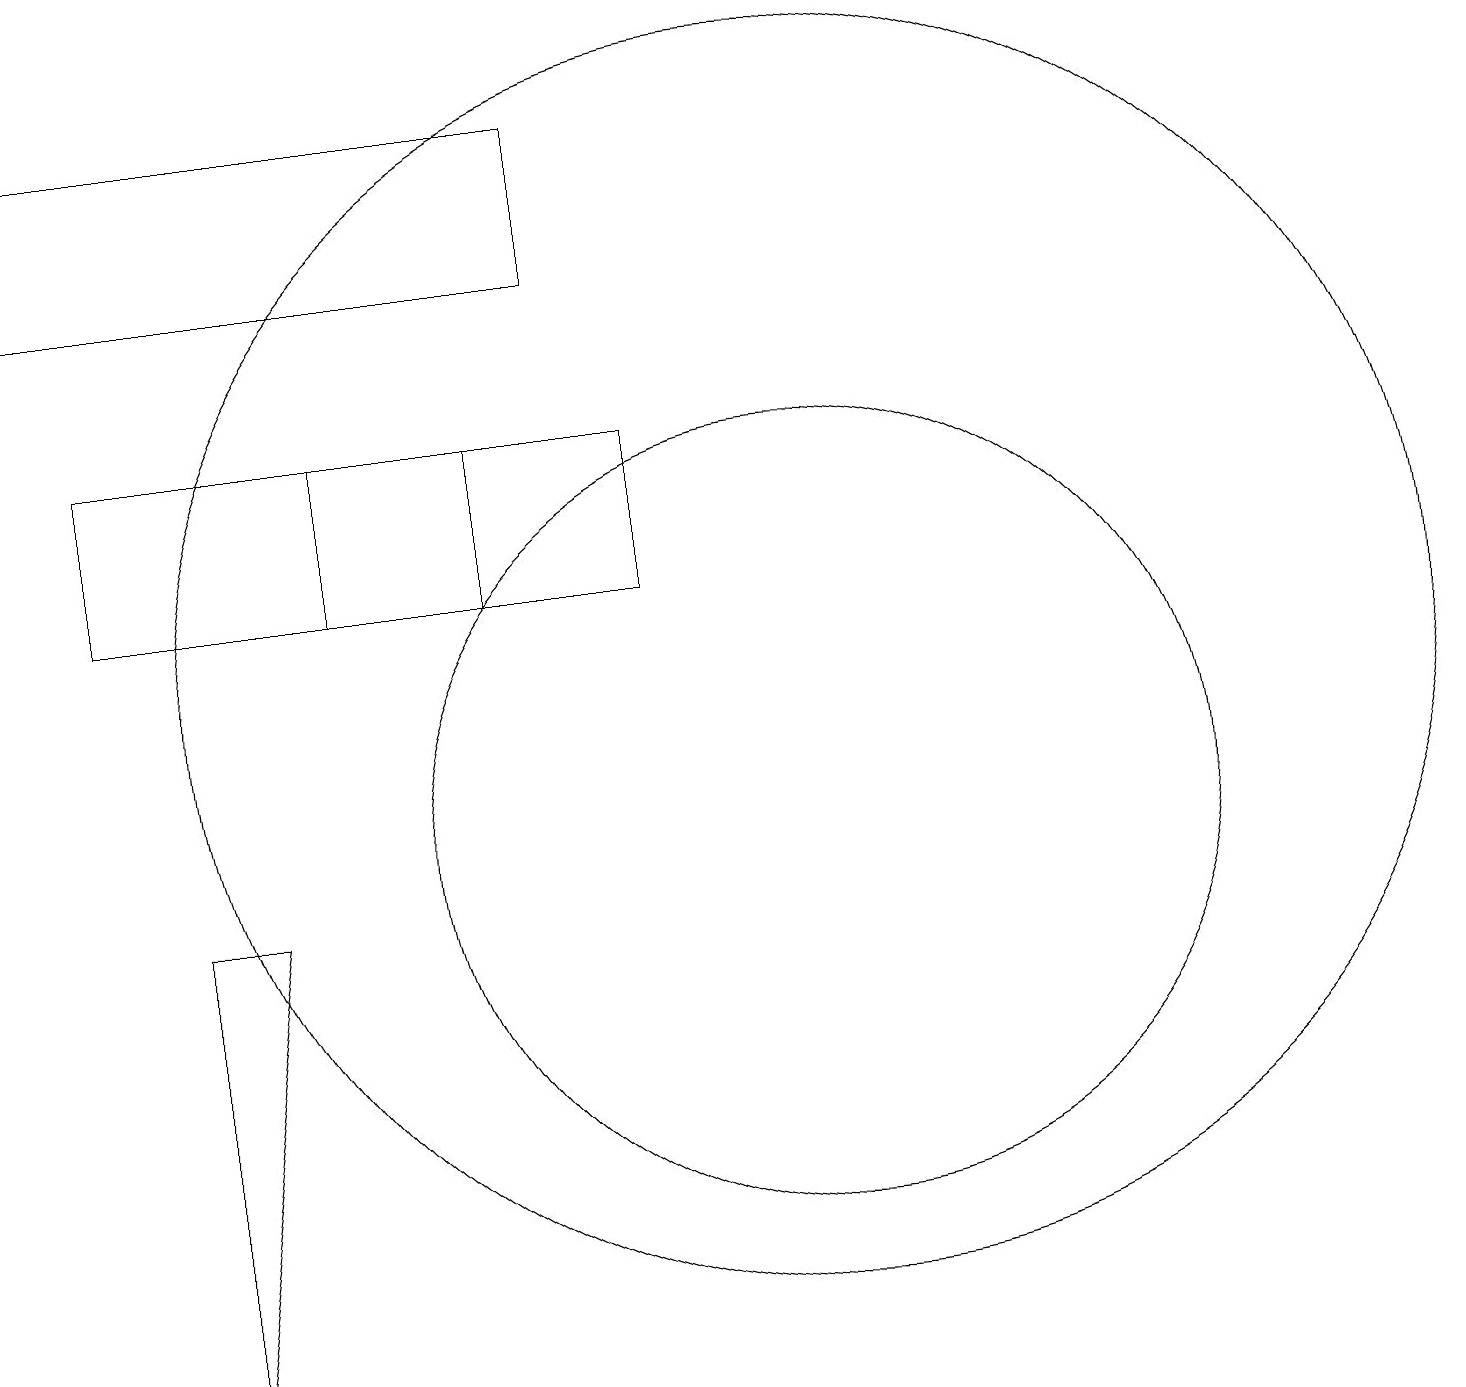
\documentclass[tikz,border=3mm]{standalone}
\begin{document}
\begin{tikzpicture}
\draw (11,10) circle (5);
\draw (8,17) rectangle (1,19);
\draw (2,15) rectangle (7,13);
\draw (4,9) -- (3,9) -- (3,3) -- cycle;
\draw (11,12) circle (8);
\draw (9,15) rectangle (5,13);
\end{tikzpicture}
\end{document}